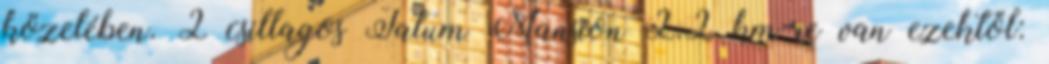
közelében. 2 csillagos Tatum Mansion 2.2 km-re van ezektől: